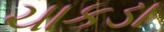
ચાકડા